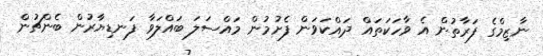
ނާޒިމްގެ ފަރާތުން އެ ވާހަކަތައް ދައްކަވަން ފެށުމުން މައްސަލަ ބައްލަވާ ފަނޑިޔާރުން ބެންޗުން